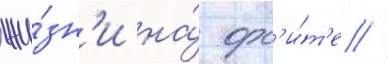
жи́зн'и на́ орб'и́т'е //